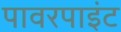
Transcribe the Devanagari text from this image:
पावरपाइंट